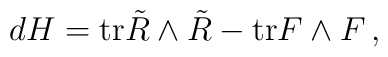
d H = \hbox{tr} \tilde R\wedge \tilde R - \hbox{tr} F\wedge F \,,